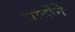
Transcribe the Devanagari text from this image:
चार्दोने